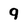
Character: 9